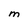
Character: M